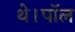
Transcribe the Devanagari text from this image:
थे।पॉल